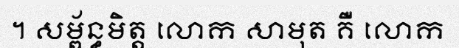
។ សម្ព័ន្ធមិត្ត លោក សាមុត គឺ លោក